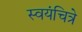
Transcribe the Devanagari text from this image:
स्वयंचित्रे